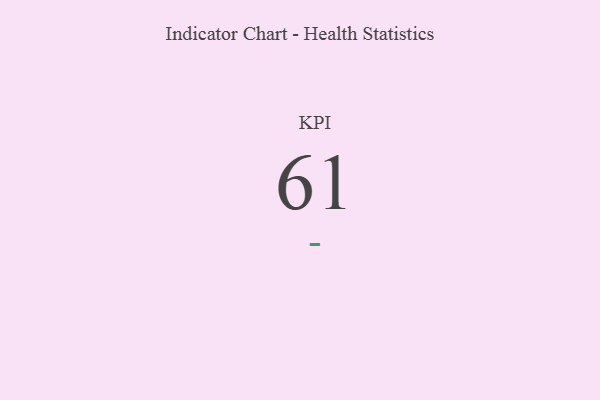
{"axis": {"x": "KPI", "y": "Value"}, "legend": [""], "data": [{"x": "KPI", "y": 61, "type": ""}]}